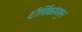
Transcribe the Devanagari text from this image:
दीर्घिकांमधून